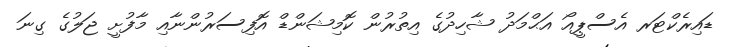
ޑައިރެކްޓަރ އެސްޕީއޯ އަޙްމަދު ޝާހިދުގެ އިތުރުން ކޮމިޝަންޑް އޮފިސަރުންނާއި މާފުށީ ޖަލުގެ ގިނަ